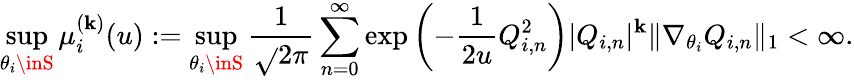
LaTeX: \operatorname*{sup}_{\theta_{i}\inS}\mu_{i}^{(\mathbf{k})}(u):=\operatorname*{sup}_{\theta_{i}\inS}\frac{{1}}{{\sqrt{}{{2\pi}}}}\sum_{n=0}^{\infty}\exp\left(-\frac{{1}}{{2u}}Q_{i,n}^{2}\right)|Q_{i,n}|^{\mathbf{k}}\| \nabla_{\theta_{i}}Q_{i,n}\| _{1}<\infty.